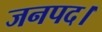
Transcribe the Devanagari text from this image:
जनपद।